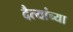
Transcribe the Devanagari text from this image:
दैत्यांच्या